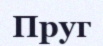
Пруг